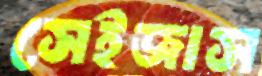
সেইজাস